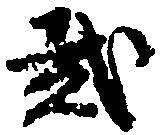
弐